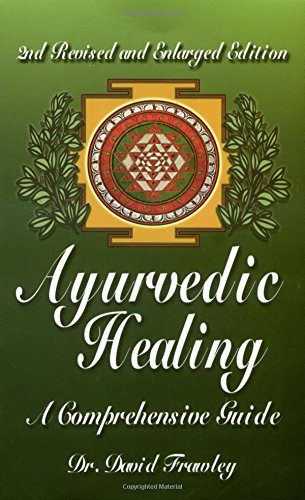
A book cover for Ayurvedic Healing: A Comprehensive Guide; David Dr. Frawley; Health, Fitness & Dieting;